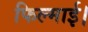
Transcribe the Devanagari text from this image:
फिल्माई।